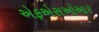
એફએસઓઆર